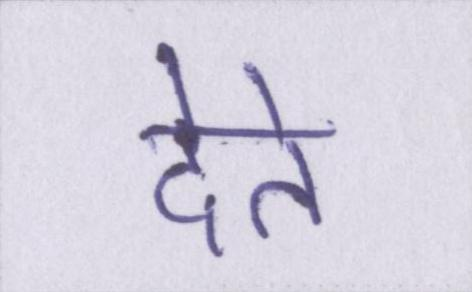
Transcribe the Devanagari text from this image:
देते